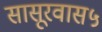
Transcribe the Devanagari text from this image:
सासूरवास५